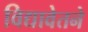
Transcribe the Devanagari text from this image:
विद्यावेतने